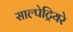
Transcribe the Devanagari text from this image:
साल्पेट्रियरे